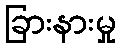
ခြားနားမှု